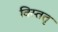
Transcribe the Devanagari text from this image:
विस्ततृ